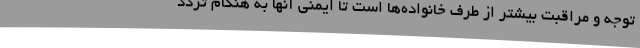
توجه و مراقبت بیشتر از طرف خانواده‌ها است تا ایمنی آنها به هنگام تردد